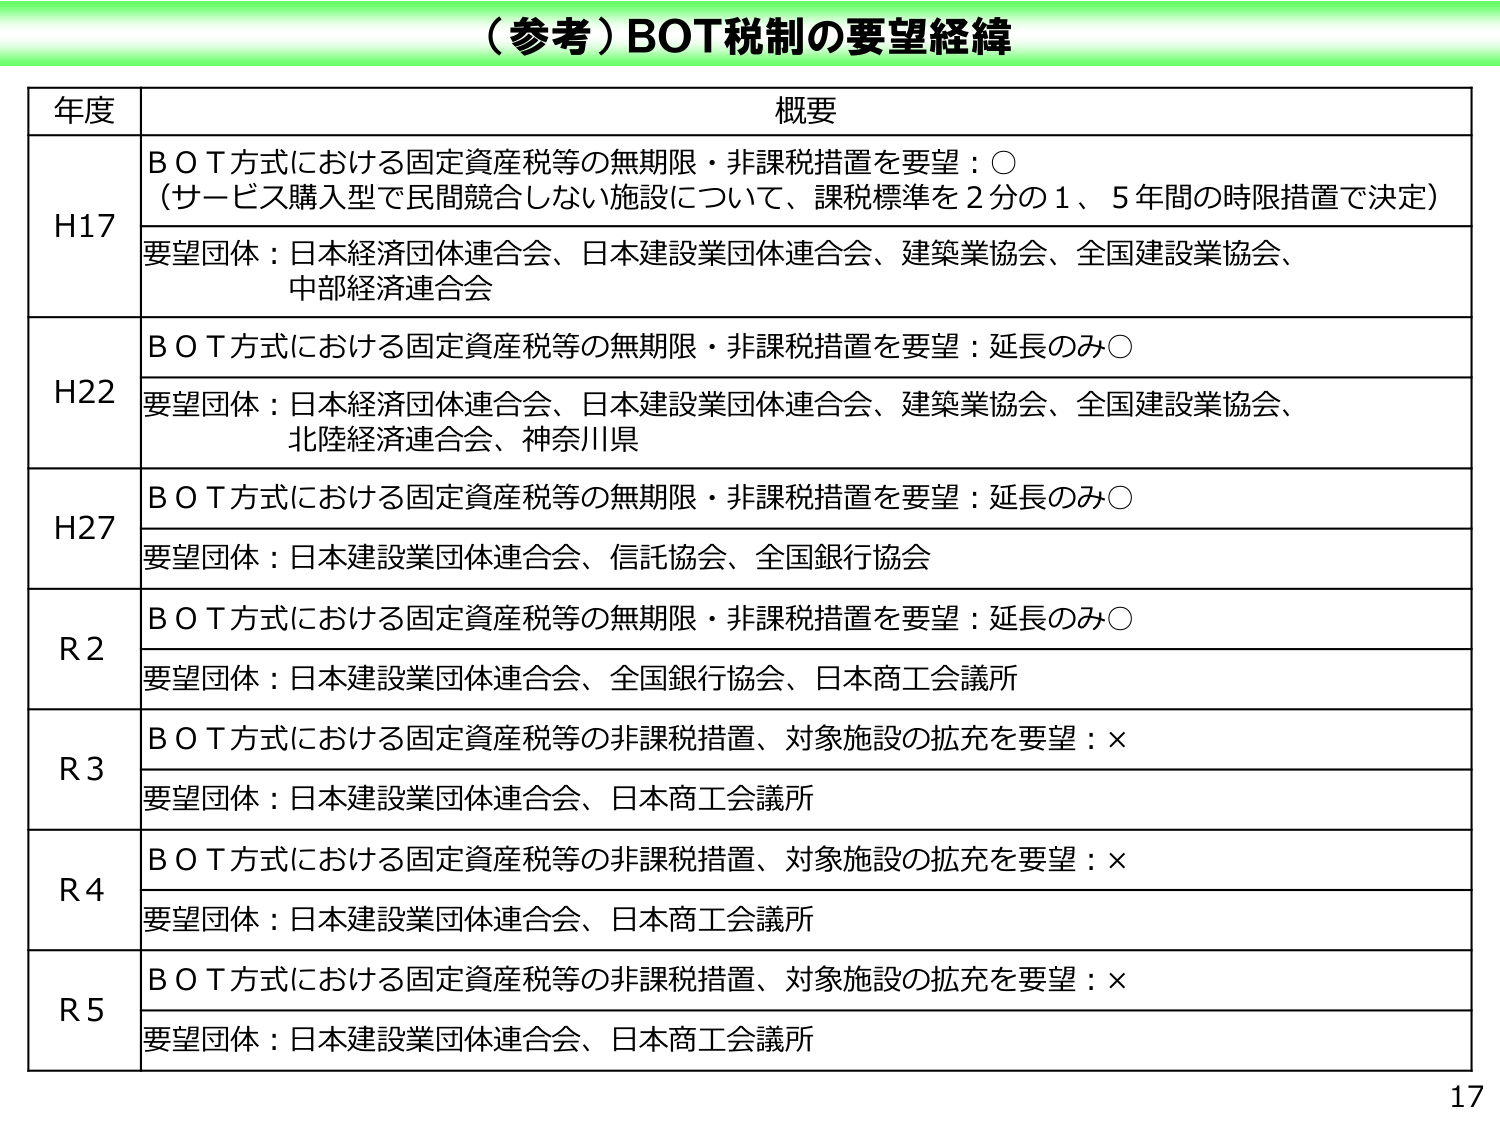
（参考）BOT税制の要望経緯

年度 概要

H17 B O T方式における固定資産税等の無期限・非課税措置を要望：○
（サービス購入型で民間競合しない施設について、課税標準を2分の1、5年間の時限措置で決定）
要望団体：日本経済団体連合会、日本建設業団体連合会、建築業協会、全国建設業協会、中部経済連合会

H22 B O T方式における固定資産税等の無期限・非課税措置を要望：延長のみ○
要望団体：日本経済団体連合会、日本建設業団体連合会、建築業協会、全国建設業協会、北陸経済連合会、神奈川県

H27 B O T方式における固定資産税等の無期限・非課税措置を要望：延長のみ○
要望団体：日本建設業団体連合会、信託協会、全国銀行協会

R2 B O T方式における固定資産税等の無期限・非課税措置を要望：延長のみ○
要望団体：日本建設業団体連合会、全国銀行協会、日本商工会議所

R3 B O T方式における固定資産税等の非課税措置、対象施設の拡充を要望：×
要望団体：日本建設業団体連合会、日本商工会議所

R4 B O T方式における固定資産税等の非課税措置、対象施設の拡充を要望：×
要望団体：日本建設業団体連合会、日本商工会議所

R5 B O T方式における固定資産税等の非課税措置、対象施設の拡充を要望：×
要望団体：日本建設業団体連合会、日本商工会議所

17